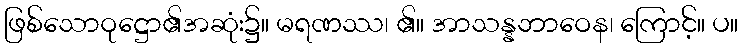
ဖြစ်သောဝုဋ္ဌော၏အဆုံး၌။ မရဏဿ၊ ၏။ အာသန္နဘာဝေန၊ ကြောင့်။ ပ။